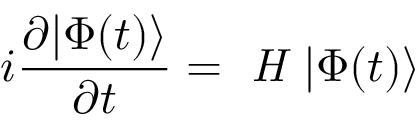
i \frac { \partial | \Phi ( t ) \rangle } { \partial t } = \textit { H } | \Phi ( t ) \rangle